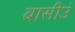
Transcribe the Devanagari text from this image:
बासीउं